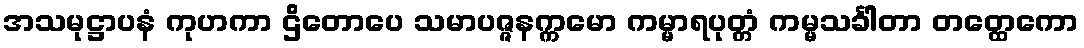
အသမုဋ္ဌာပနံ ကုဟကာ ဌိတောပေ သမာပဇ္ဇနက္ကမော ကမ္မာရပုတ္တံ ကမ္မသင်္ခါတာ တတ္ထေကော